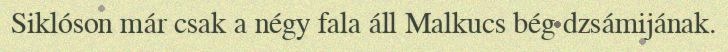
Siklóson már csak a négy fala áll Malkucs bég dzsámijának.